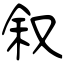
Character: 叙